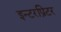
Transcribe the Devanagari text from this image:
इन्टरप्रिटर